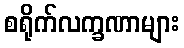
စရိုက်လက္ခဏာများ